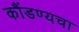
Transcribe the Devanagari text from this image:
कौंडण्यचा